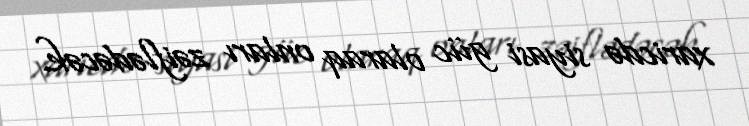
xaricdə siyasi güc olaraq onları zəiflədəcək.